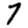
Digit: 7